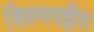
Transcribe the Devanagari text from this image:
शिल्पपट्टीत